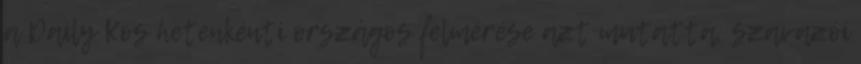
a Daily Kos hetenkénti országos felmérése azt mutatta, szavazói